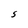
Character: S